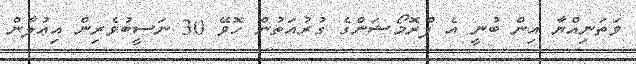
ވަތަނިއްޔާ އިން ބުނީ އެ ޕްރޮމޯޝަންގެ ގުރުއަތުން ހޮވޭ 30 ނަސީބުވެރިން އިޢުލާން